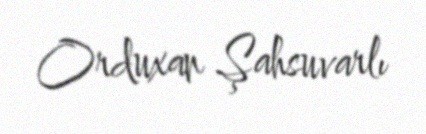
Orduxan Şahsuvarlı